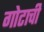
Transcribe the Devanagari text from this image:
गोटाची